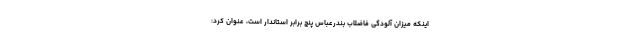
اینکه میزان آلودگی فاضلاب بندرعباس پنج برابر استاندار است، عنوان کرد: